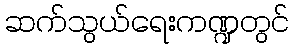
ဆက်သွယ်ရေးကဏ္ဍတွင်